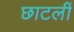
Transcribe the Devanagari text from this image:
छाटलीं